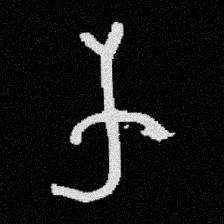
Pyu character \u2014 Myanmar letter: က (romanized: ka)